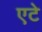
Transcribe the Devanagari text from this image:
एटे